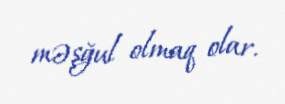
məşğul olmaq olar.